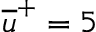
\overline { { u } } ^ { + } = 5